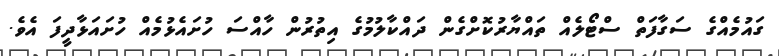
ގައުމެއްގެ ސަގާފަތް ސްޓޯލެއް ތައްޔާރުކޮށްގެން ދައްކާލުމުގެ އިތުރުން ހާއްސަ ހުށައެޅުމެއް ހުށައަޅާދީފަ އެވެ.